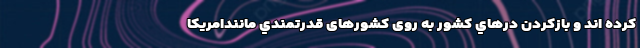
كرده اند و بازکردن درهاي كشور به روی کشورهای قدرتمندي مانندامريكا